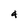
Character: 4